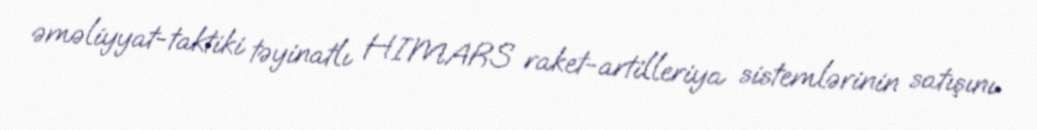
əməliyyat-taktiki təyinatlı HIMARS raket-artilleriya sistemlərinin satışını